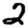
Digit: 2